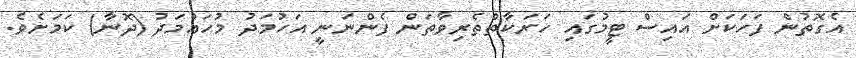
އެގޮތުން ފަހަކަށް އައިސް ޓީމުގައި ހަރަކާތްތެރިވާތަން ފެންނަނީ އަހުމަދު މުހައްމަދު (ދޮނާ) ކަމަށެވެ.